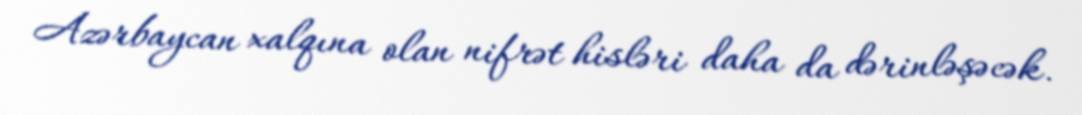
Azərbaycan xalqına olan nifrət hisləri daha da dərinləşəcək.